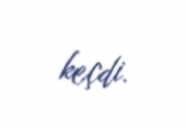
keçdi.